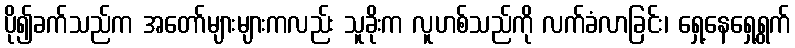
ပို၍ခက်သည်က အတော်များများကလည်း သူခိုးက လူဟစ်သည်ကို လက်ခံလာခြင်း၊ ရှေ့နေရှေ့ရွက်